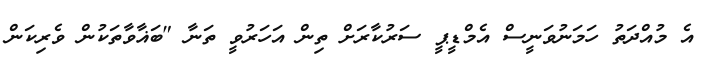
އެ މުއްދަތު ހަމަނުވަނީސް އެމްޑީޕީ ސަރުކާރަށް ތިން އަހަރުވީ ތަނާ "ބަޣާވާތަކުން ވެރިކަން